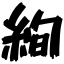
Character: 絢